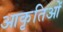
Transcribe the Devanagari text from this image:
आकृतिओं